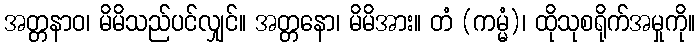
အတ္တနာဝ၊ မိမိသည်ပင်လျှင်။ အတ္တနော၊ မိမိအား။ တံ (ကမ္မံ)၊ ထိုသုစရိုက်အမှုကို။